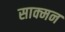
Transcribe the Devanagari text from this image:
साक्मन